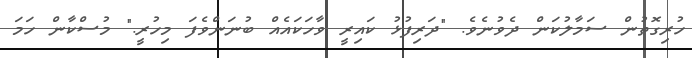
ހުރިގޮތުން ސަމާލުކަން ދެވުނެވެ. "ދަރިފުޅު ކައިރީ ވާހަކައެއް ބުނަންވެފަ މިހުރީ." މުސްކާން ހަމަ